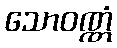
သောဝဏ္ဏံ